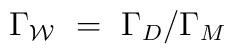
\Gamma_{\cal W}~=~\Gamma_D/\Gamma_M